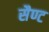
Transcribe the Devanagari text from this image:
सैण्ट